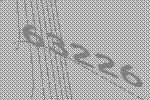
63226